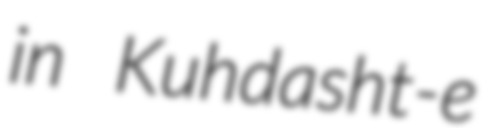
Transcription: in Kuhdasht-e